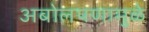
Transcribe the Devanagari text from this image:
अबोलपणामुळे